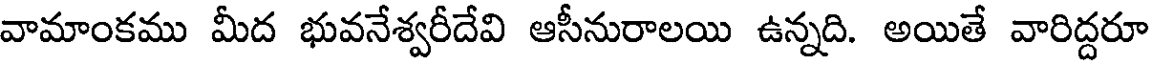
వామాంకము మీద భువనేశ్వరీదేవి ఆసీనురాలయి ఉన్నది. అయితే వారిద్దరూ